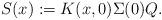
LaTeX: \begin{align*}S(x): = K(x, 0) \Sigma (0) Q.\end{align*}